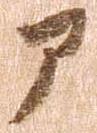
部